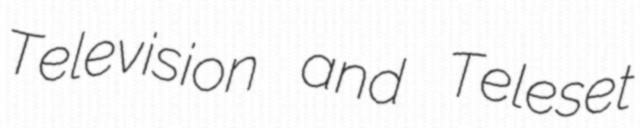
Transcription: Television and Teleset